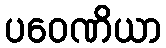
ပဝေဏိယာ